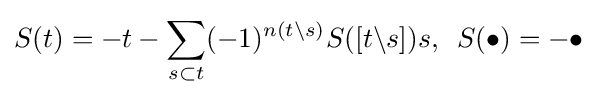
S(t)=-t-\sum _{s\subset t}(-1)^{n(t\backslash s)}S([t\backslash s])s,\,\,\,S(\bullet )=-\bullet